Report on the Civil Veterinary Department, Eastern Bengal and Assam - 1907-1911
Year: 1907
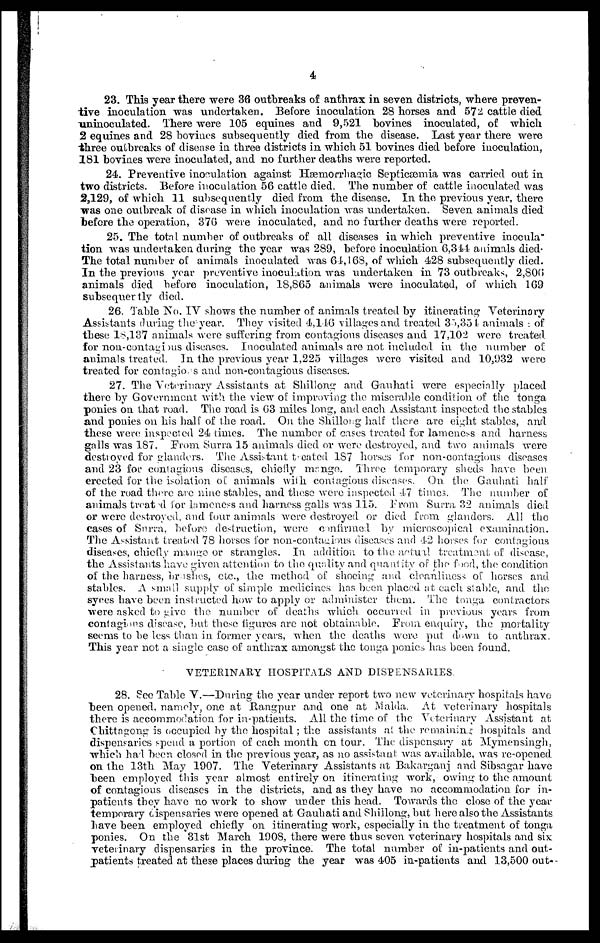
4
23. This year there were 36 outbreaks of anthrax in seven districts, where preven-
tive inoculation was undertaken. Before inoculation 28 horses and 572 cattle died
uninoculated. There were 105 equines and 9,521 bovines inoculated, of which
2 equines and 28 bovines subsequently died from the disease. Last year there were
three outbreaks of disease in three districts in which 51 bovines died before inoculation,
181 bovines were inoculated, and no further deaths were reported.
24. Preventive inoculation against Hæmorrhagic Septicæmia was carried out in
two districts. Before inoculation 56 cattle died. The number of cattle inoculated was
2,129, of which 11 subsequently died from the disease. In the previous year, there
was one outbreak of disease in which inoculation was undertaken. Seven animals died
before the operation, 376 were inoculated, and no further deaths were reported.
25. The total number of outbreaks of all diseases in which preventive inocula
tion was undertaken during the year was 289, before inoculation 6,344 animals died.
The total number of animals inoculated was 64,168, of which 428 subsequently died.
In the previous year preventive inoculation was undertaken in 73 outbreaks, 2,806
animals died before inoculation, 18,865 animals were inoculated, of which 169
subsequertly died.
26. Table No. IV shows the number of animals treated by itinerating Veterinary
Assistants during the year. They visited 4,146 villages and treated 35,354 animals : of
these 18,137 animals were suffering from contagious diseases and 17,102 were treated
for non-contagious diseases. Inoculated animals are not included in the number of
animals treated. In the previous year 1,225 villages were visited and 10,932 were
treated for contagius and non-contagious diseases.
27. The Veterinary Assistants at Shillong and Gauhati were especially placed
there by Government with the view of improving the miserable condition of the tonga
ponies on that road. The road is 63 miles long, and each Assistant inspected the stables
and ponies on his half of the road. On the Shillong half there are eight stables, and
these were inspected 24 times. The number of cases treated for lameness and harness
galls was 187. From Surra 15 animals died or were destroyed, and two animals were
destroyed for glanders. The Assistant treated 187 horses for non-contagious diseases
and 23 for contagious diseases, chiefly mange. Three temporary sheds have been
erected for the isolation of animals with contagious diseases. On the Gauhati half
of the road there arc nine stables, and these were inspected 47 times. The number of
animals treated for lameness and harness galls was 115. From Surra 32 animals died
or were destroyed, and four animals were destroyed or died from glanders. All the
cases of Surra, before destruction, were confirmed by microscopical examination.
The Assistant treated 78 horses for non-contagious diseases and 42 horses for contagious
diseases, chiefly mange or strangles. In addition to the actual treatment of disease,
the Assistants have given attention to the quality and quantity of the food, the condition
of the harness, brishes, etc., the method of shoeing and cleanliness of horses and.
stables. A small supply of simple medicines has been placed at each stable, and the
syces have been instructed how to apply or administer them. The tonga contractors
were asked to give the number of deaths which occurred in previous years from
contagious disease, but these figures are not obtainable. From enquiry, the mortality
seems to be less than in former years, when the deaths were put down to anthrax.
This year not a single case of anthrax amongst the tonga ponies has been found.
VETERINARY HOSPITALS AND DISPENSARIES.
28. See Table V.—During the year under report two new veterinary hospitals have
been opened, namely, one at Rangpur and one at Malda. At veterinary hospitals
there is accommodation for in-patients. All the time of the Veterinary Assistant at
Chittagong is occupied by the hospital; the assistants at the remaining hospitals and
dispensaries spend a portion of each month on tour. The dispensary at Mymensingh,
which had been closed in the previous year, as no assistant was available, was re-opened
on the 13th May 1907. The Veterinary Assistants at Bakarganj and Sibsagar have
been employed this year almost entirely on itinerating work, owing to the amount
of contagious diseases in the districts, and as they have no accommodation for in-
patients they have no work to show under this head. Towards the close of the year
temporary dispensaries were opened at Gauhati and Shillong, but here also the Assistants
have been employed chiefly on itinerating work, especially in the treatment of tonga
ponies. On the 31st March 1908, there were thus seven veterinary hospitals and six
veterinary dispensaries in the province. The total number of in-patients and out-
patients treated at these places during the year was 405 in-patients and 13,500 out--